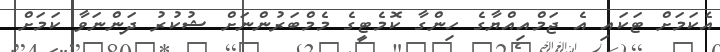
އެކަމަށް ޓަކައި އެ ޖަމްއިއްޔާގެ ހިންގާ ކޮމެޓީގެ މެމްބަރުންނަށް ޝުކުރު ދަންނަވާ ކަމަށް